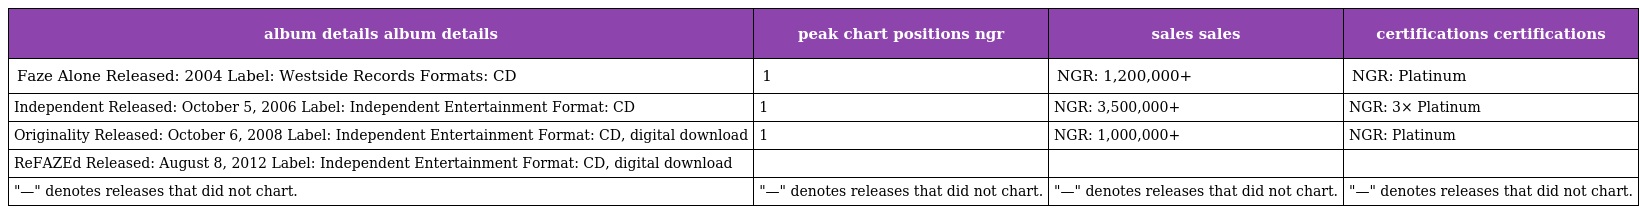
| album details album details | peak chart positions ngr | sales sales | certifications certifications |
 | --- | --- | --- | --- |
 | Faze Alone Released: 2004 Label: Westside Records Formats: CD | 1 | NGR: 1,200,000+ | NGR: Platinum |
 | Independent Released: October 5, 2006 Label: Independent Entertainment Format: CD | 1 | NGR: 3,500,000+ | NGR: 3× Platinum |
 | Originality Released: October 6, 2008 Label: Independent Entertainment Format: CD, digital download | 1 | NGR: 1,000,000+ | NGR: Platinum |
 | ReFAZEd Released: August 8, 2012 Label: Independent Entertainment Format: CD, digital download |  |  |  |
 | "—" denotes releases that did not chart. | "—" denotes releases that did not chart. | "—" denotes releases that did not chart. | "—" denotes releases that did not chart. |